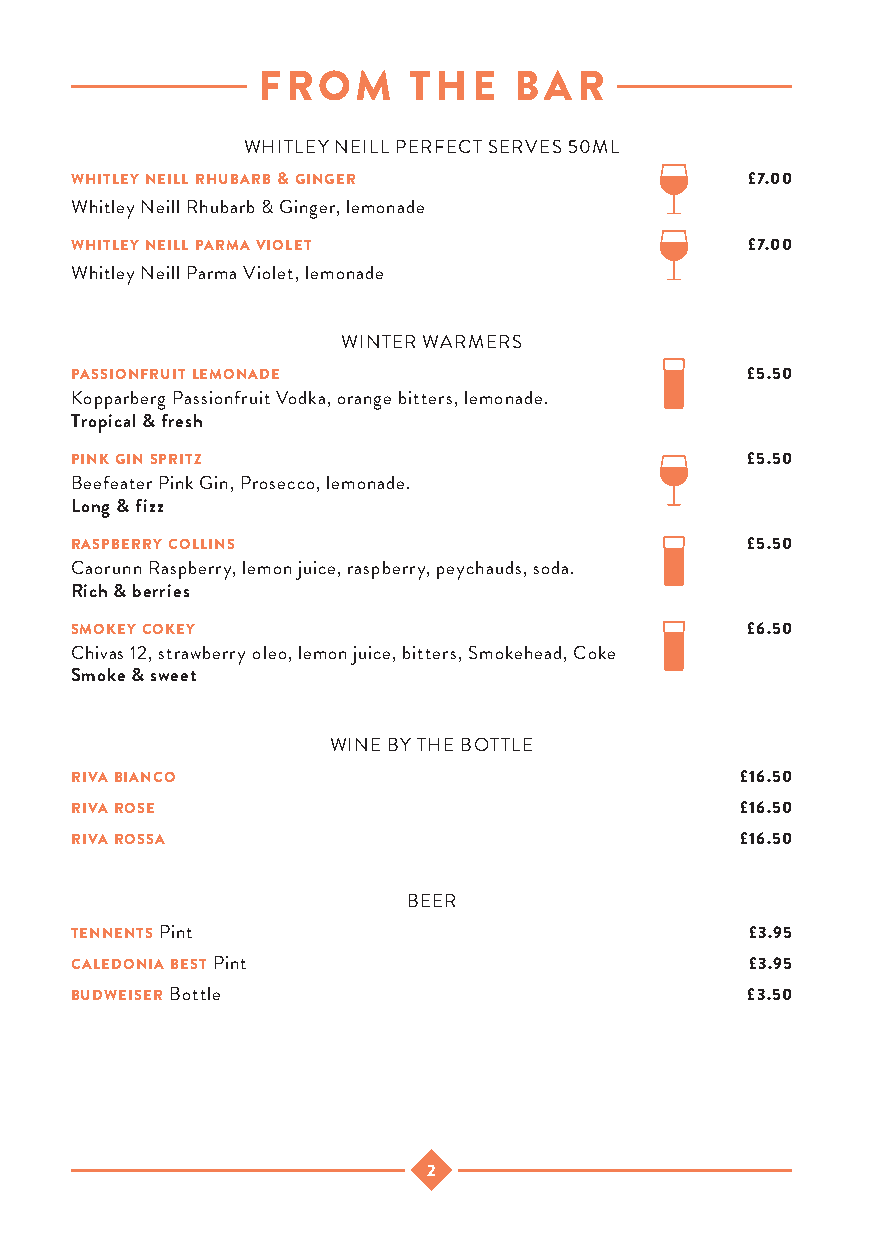
FROM      THE    BAR
 WHITLEY NEILL PERFECT SERVES 50ML
 whitley neill rhubarb & ginger              £7.00
 Whitley Neill Rhubarb & Ginger, lemonade
 whitley neill parma violet                  £7.00
 Whitley Neill Parma Violet, lemonade
 WINTER WARMERS
 passionfruit lemonade                       £5.50
 Kopparberg Passionfruit Vodka, orange bitters, lemonade.
 Tropical & fresh
 pink gin spritz                             £5.50
 Beefeater Pink Gin, Prosecco, lemonade.
 Long & fizz
 raspberry collins                           £5.50
 Caorunn Raspberry, lemon juice, raspberry, peychauds, soda.
 Rich & berries
 smokey cokey                                £6.50
 Chivas 12, strawberry oleo, lemon juice, bitters, Smokehead, Coke
 Smoke & sweet
 WINE BY THE BOTTLE
 riva bianco                                 £16.50
 riva rose                                   £16.50
 riva rossa                                  £16.50
 BEER
 tennents Pint                                £3.95
 caledonia best Pint                          £3.95
 budweiser Bottle                            £3.50
 2